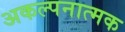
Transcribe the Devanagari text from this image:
अकल्पनात्मक